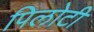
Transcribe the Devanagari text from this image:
पिलोटी